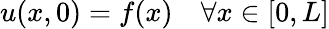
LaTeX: u(x,0)=f(x)\quad\forall x\in[0,L]